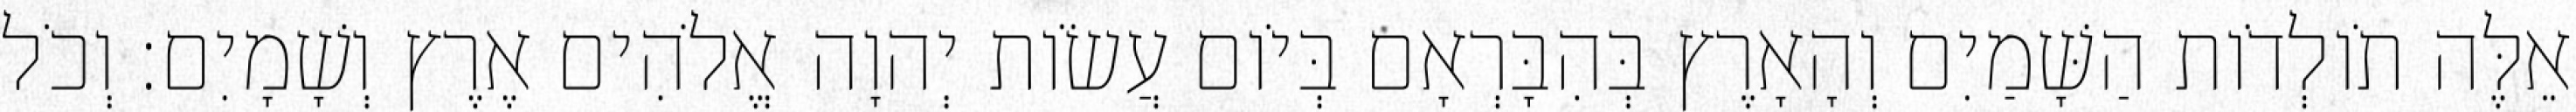
אֵלֶּה תֹולְדֹות הַשָּׁמַיִם וְהָאָרֶץ בְּהִבָּרְאָם בְּיֹום עֲשֹׂות יְהוָה אֱלֹהִים אֶרֶץ וְשָׁמָיִם׃ וְכֹל